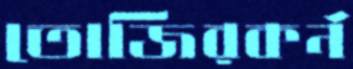
তোজিরকর্ন